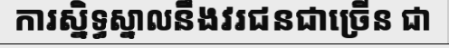
ការស្និទ្ធស្នាលនឹងវរជនជាច្រើន ជា